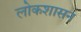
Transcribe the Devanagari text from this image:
लोकशासन